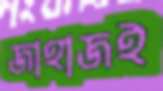
জাহাজই